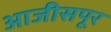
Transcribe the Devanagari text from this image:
आजीसपूर